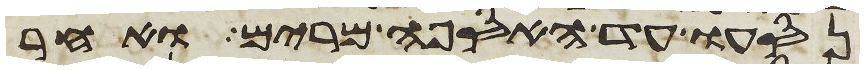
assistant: נסעו עד האספה מרים ואחר